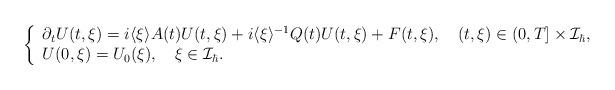
LaTeX: \begin{align*}\left\{\begin{array}{l}\partial_{t}U(t,\xi)=i \langle\xi\rangle A(t) U(t,\xi)+i\langle\xi\rangle^{-1}Q(t) U(t,\xi)+F(t,\xi),\quad(t, \xi) \in(0, T] \times \mathcal{I}_{\hbar}, \\U(0,\xi)=U_{0}(\xi),\quad\xi \in \mathcal{I}_{\hbar}.\end{array}\right.\end{align*}